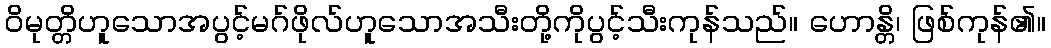
ဝိမုတ္တိဟူသောအပွင့်မဂ်ဖိုလ်ဟူသောအသီးတို့ကိုပွင့်သီးကုန်သည်။ ဟောန္တိ၊ ဖြစ်ကုန်၏။